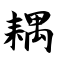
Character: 耦